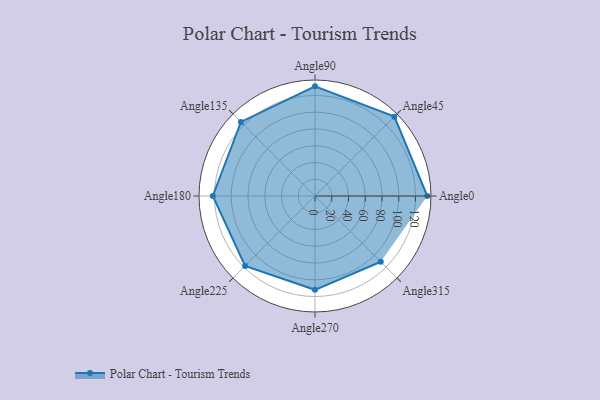
{"axis": {"x": "Angle", "y": "Radius"}, "legend": [""], "data": [{"x": "Angle0", "y": 134.0, "type": ""}, {"x": "Angle45", "y": 134.0, "type": ""}, {"x": "Angle90", "y": 131.0, "type": ""}, {"x": "Angle135", "y": 125.0, "type": ""}, {"x": "Angle180", "y": 122.0, "type": ""}, {"x": "Angle225", "y": 118.0, "type": ""}, {"x": "Angle270", "y": 112.0, "type": ""}, {"x": "Angle315", "y": 111.0, "type": ""}]}